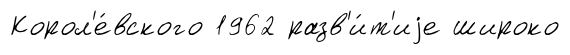
Корол'е́вского 1962 разв'и́т'иjе широко